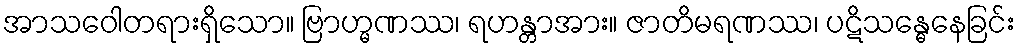
အာသဝေါတရားရှိသော။ ဗြာဟ္မဏဿ၊ ရဟန္တာအား။ ဇာတိမရဏဿ၊ ပဋိသန္ဓေနေခြင်း